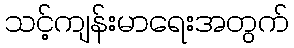
သင့်ကျန်းမာရေးအတွက်